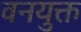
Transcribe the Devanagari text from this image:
वनयुक्त